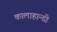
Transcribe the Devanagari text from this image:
कालाहान्डी